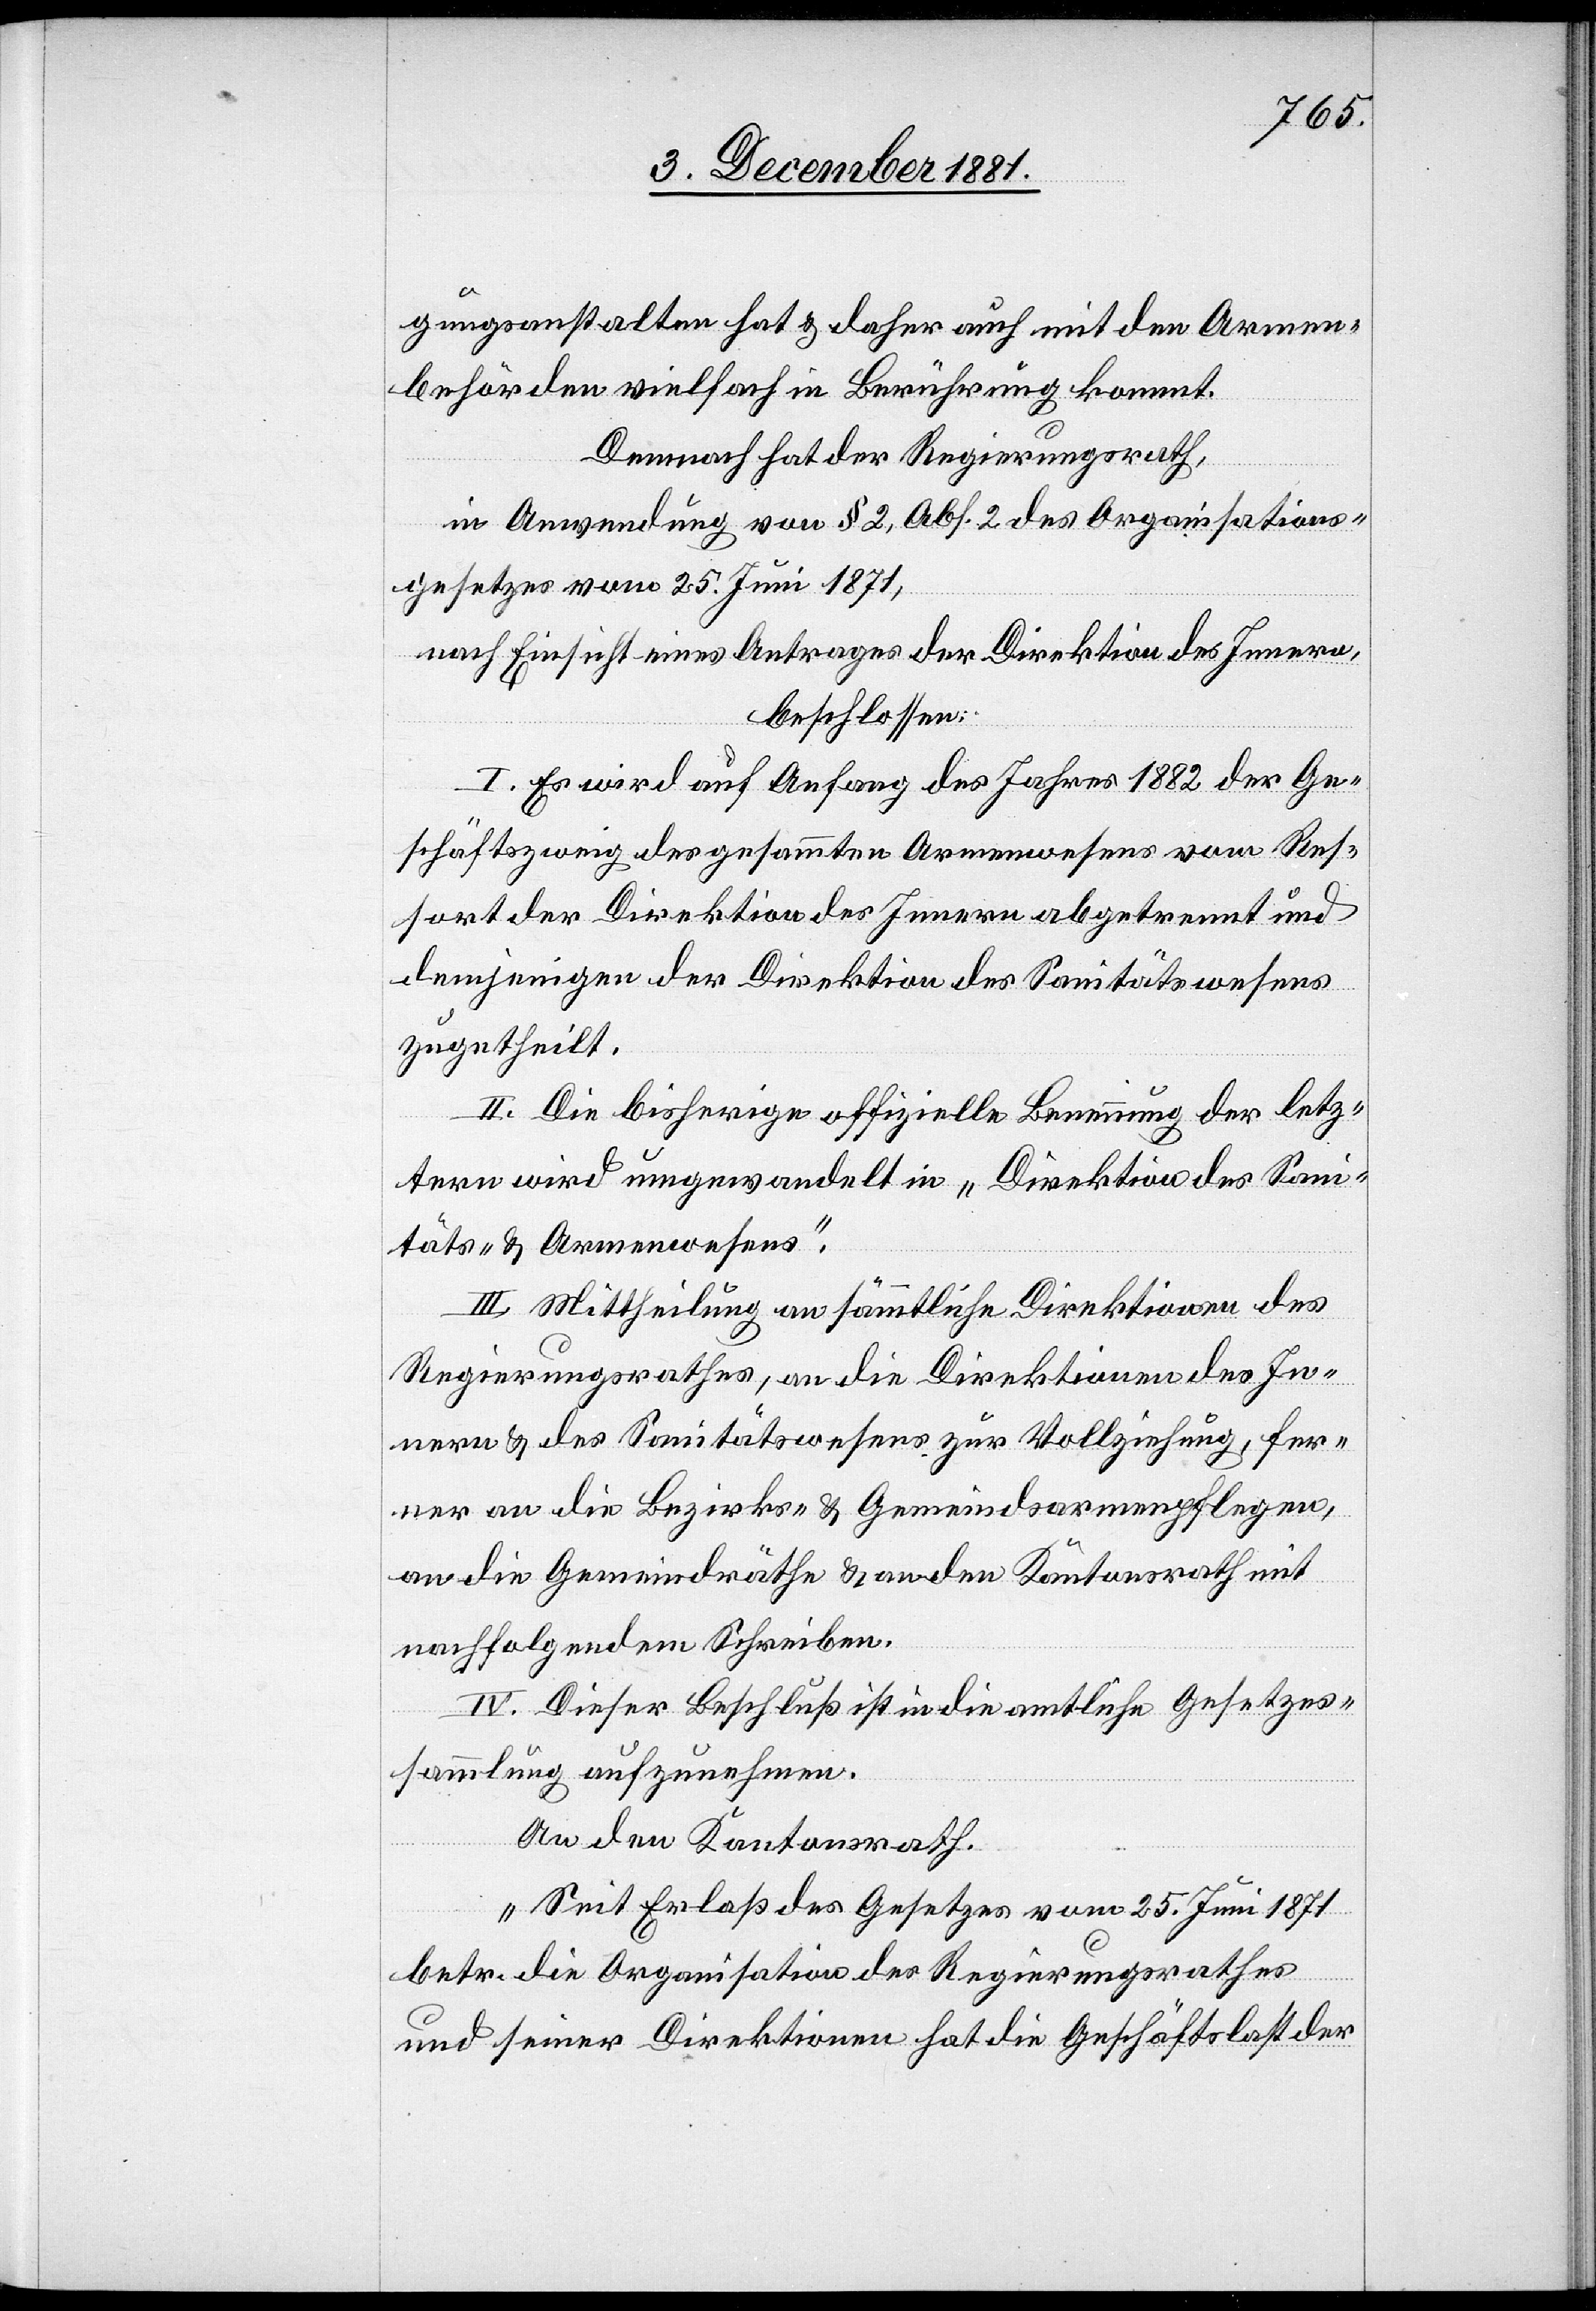
gungsanstalten hat & daher auch mit den Armen¬
behörden vielfach in Berührung kommt.
Demnach hat der Regierungsrath,
in Anwendung von § 2, Abs. 2 des Organisations¬
gesetzes vom 25. Juni 1871,
nach Einsicht eines Antrages der Direktion des Innern,
beschlossen:
I. Es wird auf Anfang des Jahres 1882 der Ge¬
schäftszweig des gesammten Armenwesens vom Res¬
ort der Direktion des Innern abgetrennt und
demjenigen der Direktion des Sanitätswesens
zugetheilt.
II. Die bisherige offizielle Benennung der letz¬
tern wird umgewandelt in „Direktion des Sani¬
täts- & Armenwesens“.
III. Mittheilung an sämmtliche Direktionen des
Regierungsrathes, an die Direktionen des In¬
nern & des Sanitätswesens zur Vollziehung, fer¬
ner an die Bezirks- & Gemeindsarmenpflegen,
an die Gemeindräthe & an den Kantonsrath mit
nachfolgendem Schreiben.
IV. Dieser Beschluß ist in die amtliche Gesetzes¬
sammlung aufzunehmen.
An den Kantonsrath.
„Seit Erlaß des Gesetzes vom 25. Juni 1871
betr. die Organisation des Regierungsrathes
uns seiner Direktionen hat die Geschäftslast der